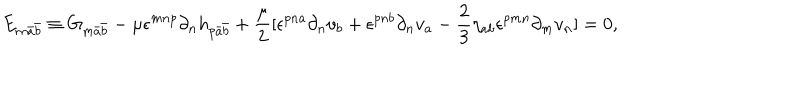
E _ { m \bar { a } \bar { b } } \equiv G _ { m \bar { a } \bar { b } } - \mu \epsilon ^ { m n p } \partial _ { n } h _ { p \bar { a } \bar { b } } + \frac { \mu } { 2 } [ \epsilon ^ { p n a } \partial _ { n } v _ { b } + \epsilon ^ { p n b } \partial _ { n } v _ { a } - \frac { 2 } { 3 } \eta _ { a b } \epsilon ^ { p m n } \partial _ { m } v _ { n } ] = 0 ,